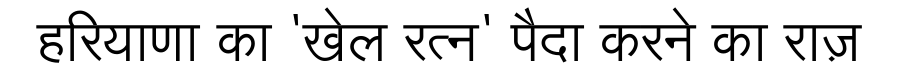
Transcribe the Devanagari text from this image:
हरियाणा का 'खेल रत्न' पैदा करने का राज़